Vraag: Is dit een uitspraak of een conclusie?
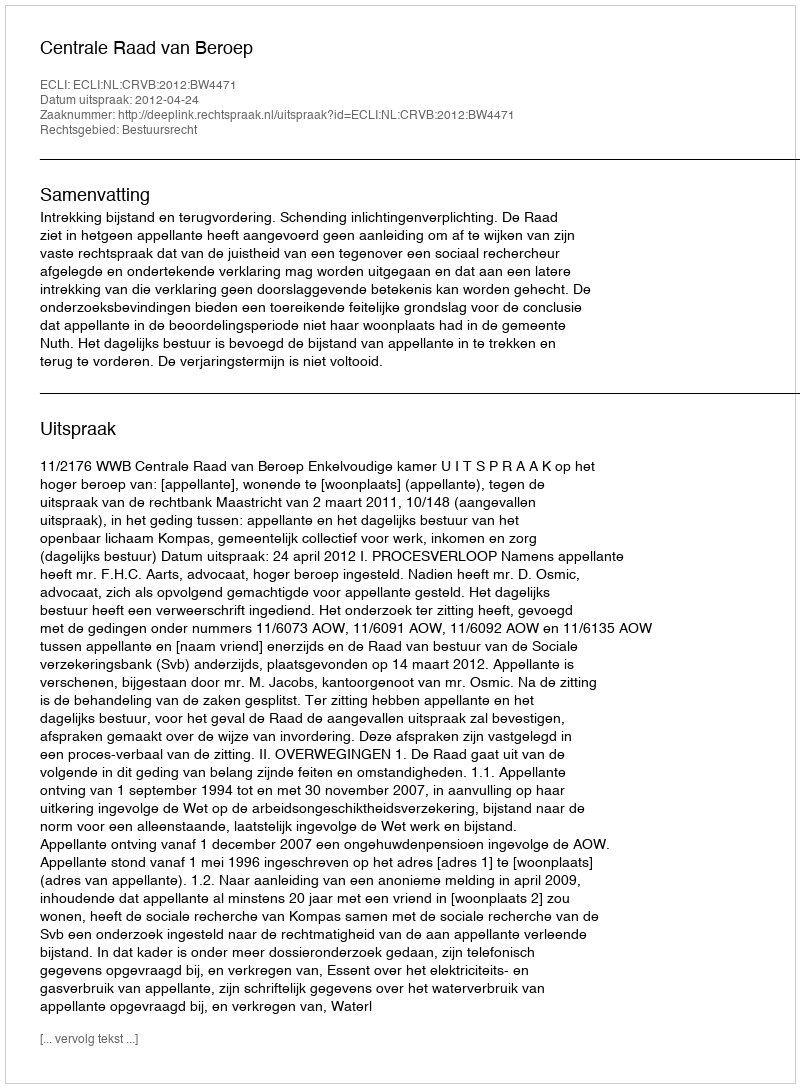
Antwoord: Uitspraak